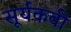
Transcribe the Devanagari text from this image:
सूर्यकवी